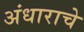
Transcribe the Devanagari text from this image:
अंधाराचे